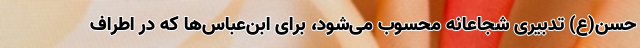
حسن(ع) تدبیری شجاعانه محسوب می‌شود، برای ابن‌عباس‌ها که در اطراف